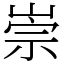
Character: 崇